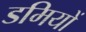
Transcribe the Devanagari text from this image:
डमियों